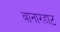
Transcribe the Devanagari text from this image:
बानारहाट